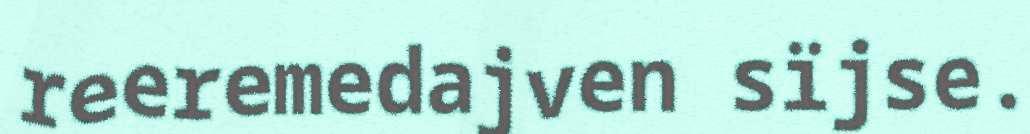
reeremedajven sïjse.